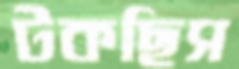
টকছিস